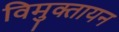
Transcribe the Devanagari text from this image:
विमुक्तायन